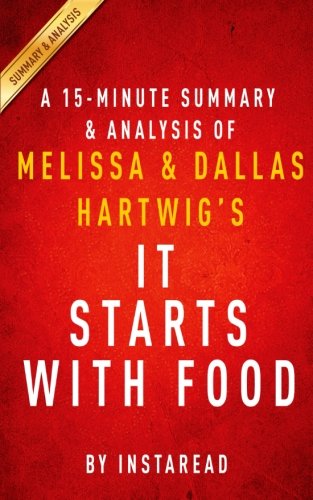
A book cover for A 15-minute Summary & Analysis of Melissa and Dallas Hartwig's It Starts With Food; Instaread; Business & Money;